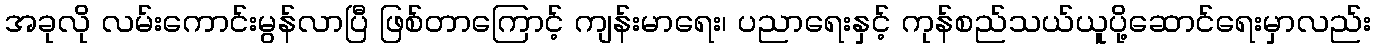
အခုလို လမ်းကောင်းမွန်လာပြီ ဖြစ်တာကြောင့် ကျန်းမာရေး၊ ပညာရေးနှင့် ကုန်စည်သယ်ယူပို့ဆောင်ရေးမှာလည်း